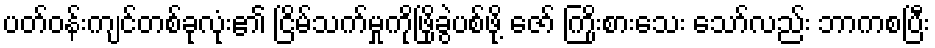
ပတ်ဝန်းကျင်တစ်ခုလုံး၏ ငြိမ်သက်မှုကိုဖြိုခွဲပစ်ဖို့ ဇော် ကြိုးစားသေး သော်လည်း ဘာကစပြီး